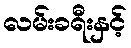
လမ်းခရီးနှင့်